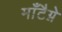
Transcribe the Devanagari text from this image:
माँटैग्ने